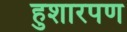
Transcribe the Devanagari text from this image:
हुशारपण